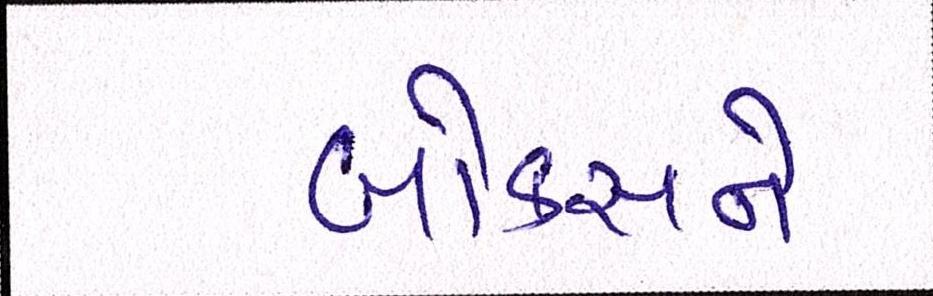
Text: બોક્સને